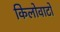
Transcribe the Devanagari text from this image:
किलोवाटों